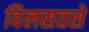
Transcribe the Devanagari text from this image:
विलसतसे